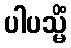
ပါပသ္မိံ